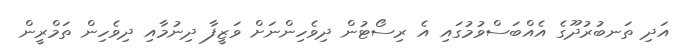
އަދި ތަނބުރުދޫގެ އެއްބަސްވުމުގައި އެ ރިސޯޓުން ދިވެހިންނަށް ވަޒީފާ ދިނުމާއި ދިވެހިން ތަމްރީން